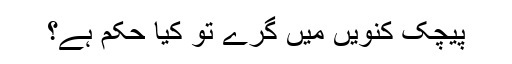
پیچک کنویں میں گرے تو کیا حکم ہے؟